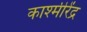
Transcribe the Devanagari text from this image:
काश्मीरेंद्र